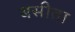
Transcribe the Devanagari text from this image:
बसीता